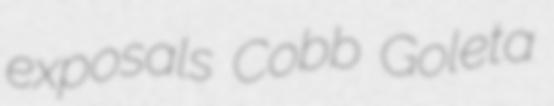
exposals Cobb Goleta